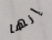
إنها